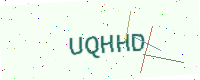
Text: UQHHD